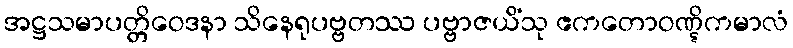
အဋ္ဌသမာပတ္တိဝေဒနာ သိနေရုပဗ္ဗတဿ ပဗ္ဗာဇယိံသု ဧကတောဝဏ္ဋိကမာလံ